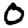
Digit: 0